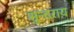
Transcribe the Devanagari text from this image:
सुन्दराय